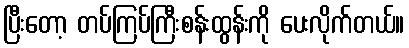
ပြီးတော့ တပ်ကြပ်ကြီးစန်းထွန်းကို ပေးလိုက်တယ်။